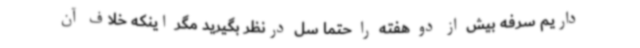
داریم سرفه بیش از دو هفته را حتما سل درنظر بگیرید مگر اینکه خلاف آن